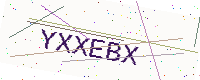
Text: YXXEBX